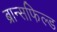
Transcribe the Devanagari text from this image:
ब्रान्सफिल्ड